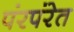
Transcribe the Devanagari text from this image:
पंरपंरेत